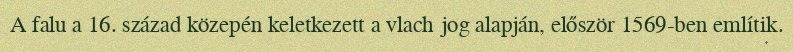
A falu a 16. század közepén keletkezett a vlach jog alapján, először 1569-ben említik.